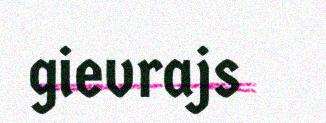
gievrajs